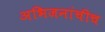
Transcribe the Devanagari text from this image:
अभिजनांचीच